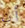
أن